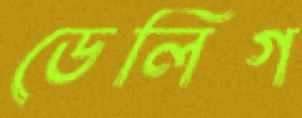
ডেলিগ